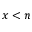
x < n